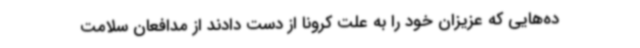
ده‌هایی که عزیزان خود را به علت کرونا از دست دادند از مدافعان سلامت